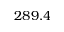
2 8 9 . 4